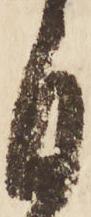
自